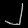
Digit: ၂